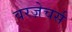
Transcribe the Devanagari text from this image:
वरज़ेचर्स